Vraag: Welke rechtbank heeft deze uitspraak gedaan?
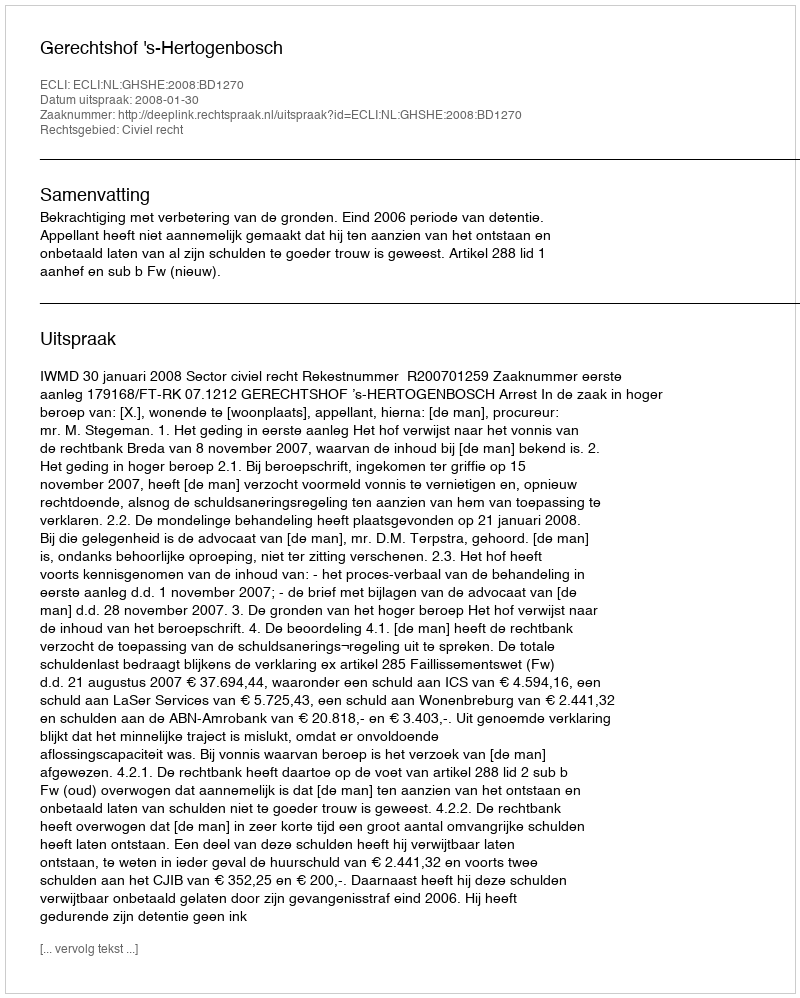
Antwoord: Gerechtshof 's-Hertogenbosch